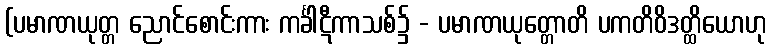
(ပမာဏယုတ္တ ညောင်စောင်းကား ကင်္ခါဋီကာသစ်၌ - ပမာဏယုတ္တောတိ ပကတိဝိဒတ္ထိယောဟု